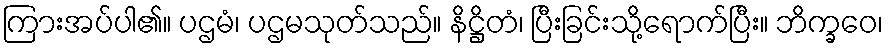
ကြားအပ်ပါ၏။ ပဌမံ၊ ပဌမသုတ်သည်။ နိဋ္ဌိတံ၊ ပြီးခြင်းသို့ရောက်ပြီး။ ဘိက္ခဝေ၊